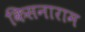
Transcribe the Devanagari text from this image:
किसनाराम